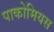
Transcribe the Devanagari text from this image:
पाकोमियस